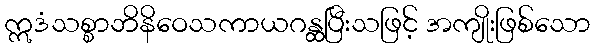
ဣဒံသစ္စာဘိနိဝေသကာယဂန္ထပြီးသဖြင့် အကျိုးဖြစ်သော